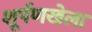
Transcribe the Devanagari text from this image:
शूर्पणखेला